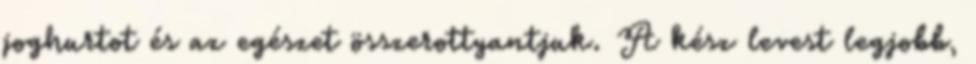
joghurtot és az egészet összerottyantjuk. A kész levest legjobb,